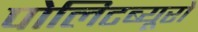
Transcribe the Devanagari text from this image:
पोलिटब्यूरो